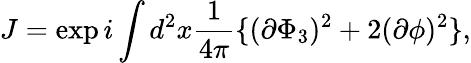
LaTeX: J=\exp i\int d^{2}x\frac{1}{4\pi}\{ (\partial\Phi_{3})^{2}+2(\partial\phi)^{2}\} ,